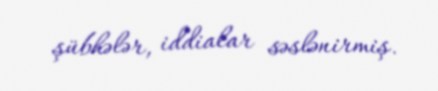
şübhələr, iddialar səslənirmiş.